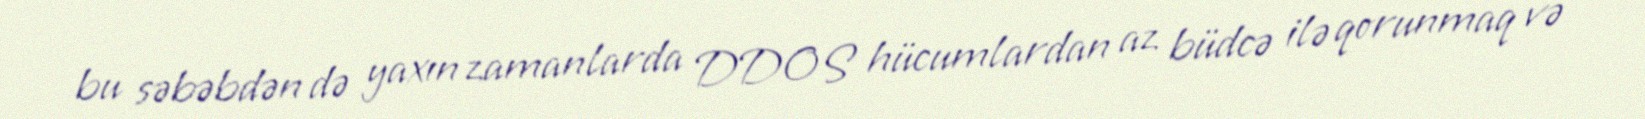
bu səbəbdən də yaxın zamanlarda DDOS hücumlardan az büdcə ilə qorunmaq və